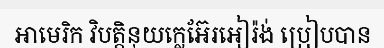
អាមេរិក វិបត្តិនុយក្លេអ៊ែរអៀរ៉ង់ ប្រៀបបាន